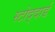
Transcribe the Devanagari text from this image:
स्टोद्दार्ड